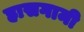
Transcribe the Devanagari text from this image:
ह्रासगामी